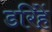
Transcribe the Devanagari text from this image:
डरिहें